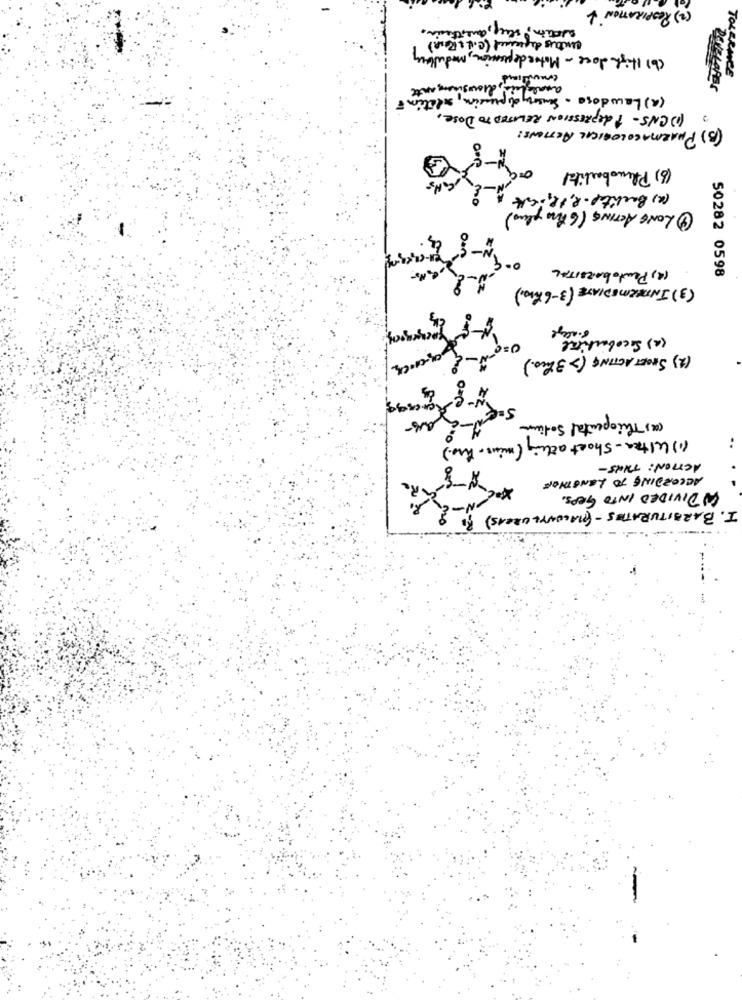
(2) RESPIRATION &
antes depriced (C.V& POUR)
(b) High doce - Motor depression, modultry
DeLa
TOLERANCE
analsheis, drowsinessante
(a) Lawdose · Sensoty dipression, relation
(1) CNS- 1 depression RELATED TO Dose,
(B) PHARMACOLOGICAL ACTIONS:
(6) Phenobarbital
(a) Backitel- 2, 12 ich
4 LONG ACTING (6 hr plus)
(4) PentoBARBITAL
50282 0598
(3) INTERMEDIATE (3-6 ho0)
8.alege
(a) Secobarbital
(2) SPORT ACTING (> 3 hrs.)
canessa
(a) Thiopental Sodium
(1) ultra - Short acting ( min. )
..
ACTION: THUS-
ACCORDING TO LENGTHOF
()DIVIDED INTO GRPS.
I. BARBITURATES - (MACUNYL UREAS)